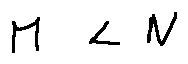
M < N